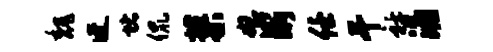
魏迓堵侃蓼怒渐任干衽涌